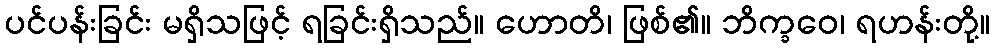
ပင်ပန်းခြင်း မရှိသဖြင့် ရခြင်းရှိသည်။ ဟောတိ၊ ဖြစ်၏။ ဘိက္ခဝေ၊ ရဟန်းတို့။